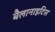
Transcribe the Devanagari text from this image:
बैलानाइटिस